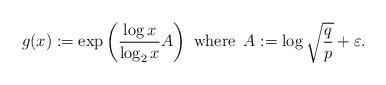
LaTeX: \begin{align*}g(x):=\exp{\left( \frac{\log{x}}{\log_{2}{x}} A \right)} \, \mbox{ where } \, A :=\log{\sqrt{\frac{q}{p}}} + \varepsilon.\end{align*}